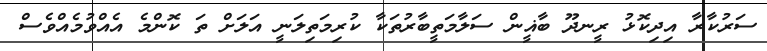
ސަރުކާރާ އިދިކޮޅު ރީނދޫ ބާޣީން ސަލާމަތީބާރުތަކާ ކުރިމަތިލަނީ އަލަށް ތަ ކޮންމެ އެއްވުމެއްވެސް